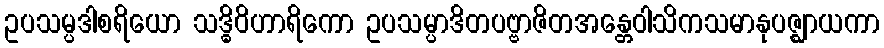
ဥပသမ္ပဒါစရိယော သဒ္ဓိဝိဟာရိကော ဥပသမ္ပာဒိတပဗ္ဗာဇိတအန္တေဝါသိကသမာနုပဇ္ဈာယကာ